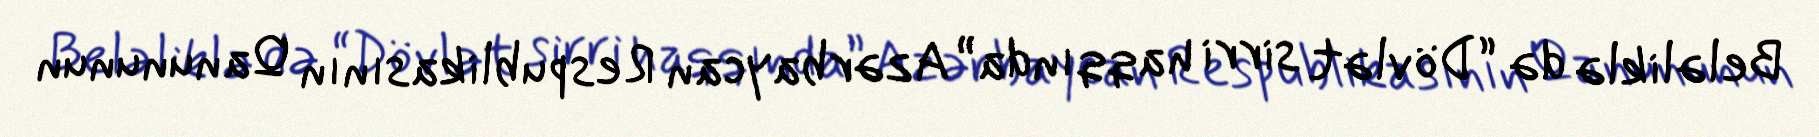
Beləliklə də “Dövlət sirri haqqında” Azərbaycan Respublikasının Qanununun